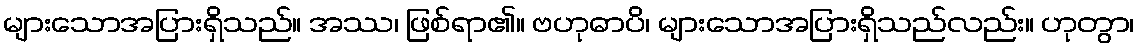
များသောအပြားရှိသည်။ အဿ၊ ဖြစ်ရာ၏။ ဗဟုဓာပိ၊ များသောအပြားရှိသည်လည်း။ ဟုတွာ၊